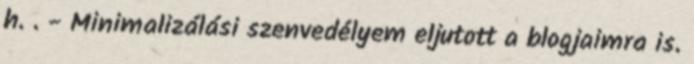
h. . - Minimalizálási szenvedélyem eljutott a blogjaimra is.